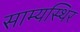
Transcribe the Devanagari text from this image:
साम्यस्थिर